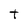
Character: T